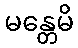
မန္တေမိ